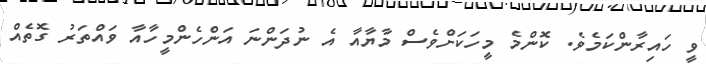
ވީ ހައިރާންކަމެވެ. ކޮންމެ މީހަކަށްވެސް މާޔާއާ އެ ނުދަންނަ އަންހެންމީހާއާ ވައްތަރު ގޮތެއް